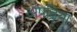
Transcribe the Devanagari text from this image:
अषढ़िया